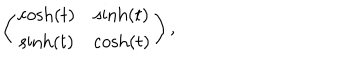
LaTeX: \left( \begin{array} { c c } { { \cosh ( t ) } } & { { \sinh ( t ) } } \\ { { \sinh ( t ) } } & { { \cosh ( t ) } } \\ \end{array} \right) ,